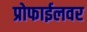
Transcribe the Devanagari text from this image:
प्रोफाईलवर